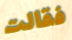
فقالت